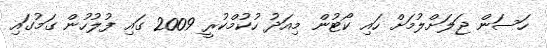
ހަސަން ޖަލަށްލުމަށް ހައި ކޯޓުން މިއަދު ހުކުމްކުރީ 2009 ގައި ފުލުހުން ގަމުގައި